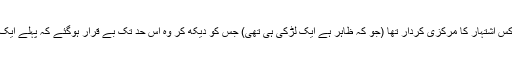
تنقید کا فوکس اشتہار کا مرکزی کردار تھا (جو کہ ظاہر ہے ایک لڑکی ہی تھی) جس کو دیکھ کر وہ اس حد تک بے قرار ہوگئے کہ پہلے ایک کالم لکھا۔